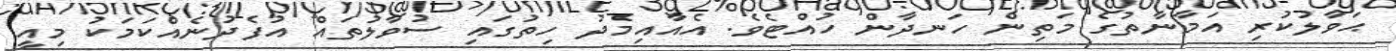
ޙަވާލުކުރި އަމާނާތުގެ މަތިން ހަނދާން ހުއްޓެވެ. އެއާއިމެދު ހިތުގައި ސުވާލުތައް އުފެދުނެއްކަމަކު މިއީ